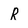
Character: R